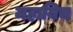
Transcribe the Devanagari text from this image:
महायिच